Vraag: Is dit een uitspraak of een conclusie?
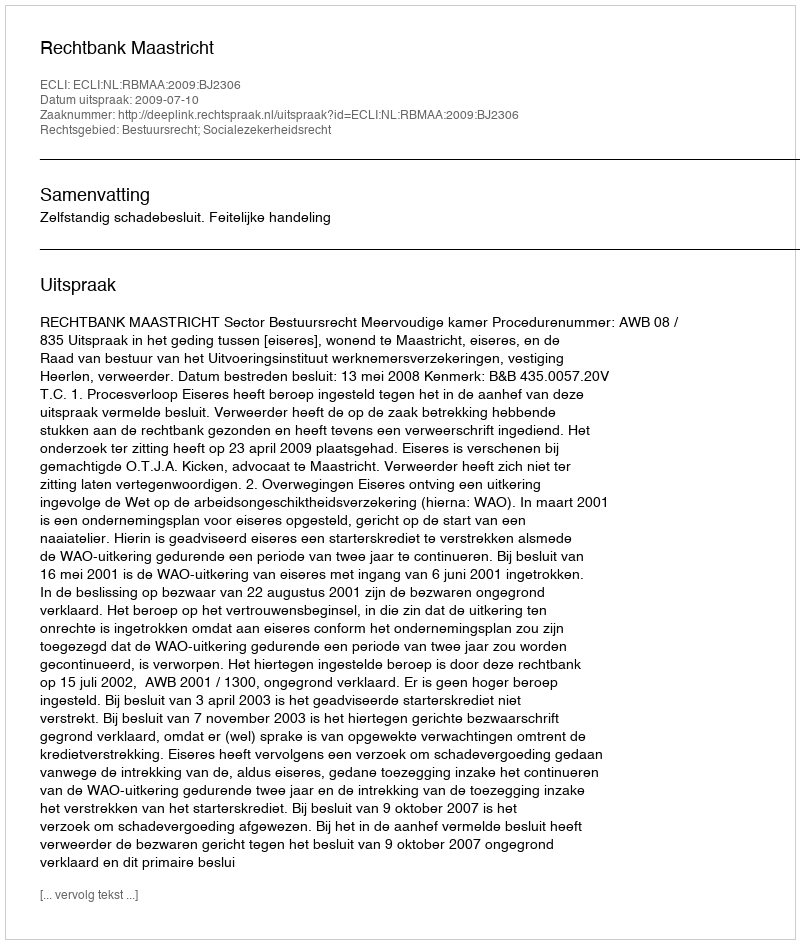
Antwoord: Uitspraak